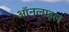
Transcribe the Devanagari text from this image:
ऑनलाइल